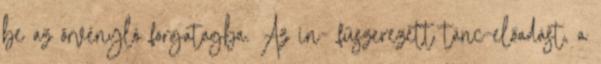
be az örvényló forgatagba. Az in- fűszerezett tánc-előadást, a